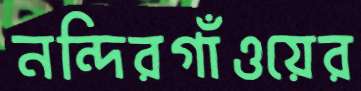
নন্দিরগাঁওয়ের